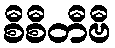
စီစီတီဗီ